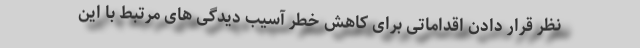
نظر قرار دادن اقداماتی برای کاهش خطر آسیب دیدگی های مرتبط با این